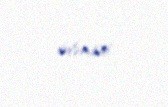
ödəmişdi.